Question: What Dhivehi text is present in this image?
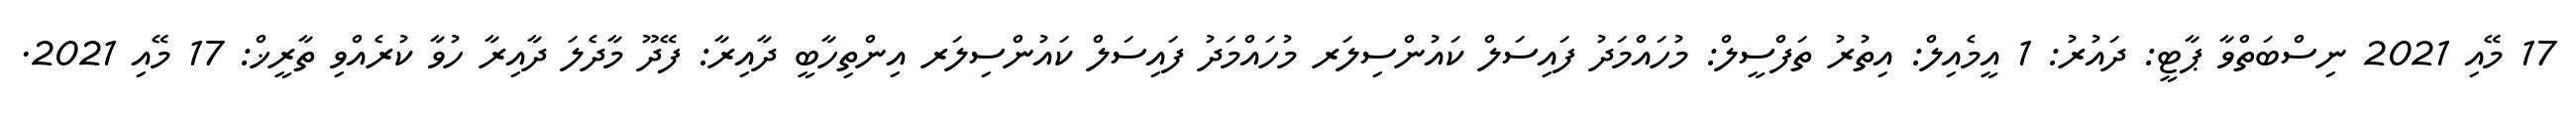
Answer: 17 މޭއި 2021 ނިސްބަތްވާ ޕާޓީ: ދައުރު: 1 އީމެއިލް: އިތުރު ތަފްސީލް: މުހައްމަދު ފައިސަލް ކައުންސިލަރ މުހައްމަދު ފައިސަލް ކައުންސިލަރ އިންތިހާބީ ދާއިރާ: ފޭދޫ މާދެލަ ދާއިރާ ހުވާ ކުރެއްވި ތާރީޚް: 17 މޭއި 2021.